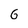
Character: 6